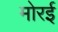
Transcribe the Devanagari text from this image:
मोरई